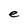
Character: e